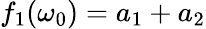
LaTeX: f_{1}(\omega_{0})=a_{1}+a_{2}